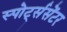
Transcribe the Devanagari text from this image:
स्पोर्ट्ससेंटर